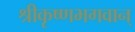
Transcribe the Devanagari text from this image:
श्रीकृष्णभगवान्